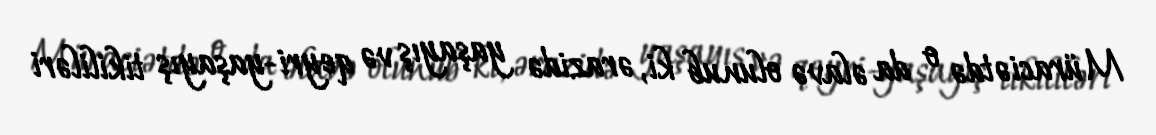
Müraciətdə o da əlavə olunub ki, ərazidə yaşayış və qeyri-yaşayış tikililəri